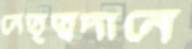
নেতৃত্বদানে